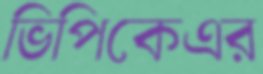
ভিপিকেএর